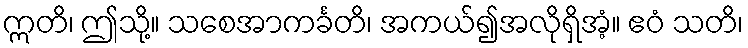
ဣတိ၊ ဤသို့။ သစေအာကင်္ခတိ၊ အကယ်၍အလိုရှိအံ့။ ဧဝံ သတိ၊